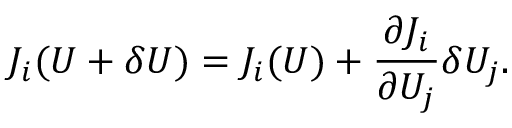
J _ { i } ( U + \delta U ) = J _ { i } ( U ) + \frac { \partial J _ { i } } { \partial U _ { j } } \delta U _ { j } .